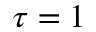
\tau = 1